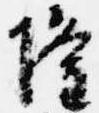
隆